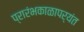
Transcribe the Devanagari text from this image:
प्रारंभकाळापर्यंत